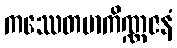
ကဿေတမာကိဏ္ဏဇနံ